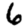
Digit: 6